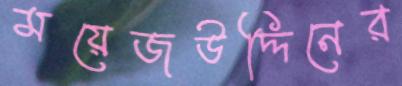
ময়েজউদ্দিনের